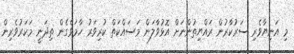
މި އަނިޔާވެރި ސަރުކާރުން ރައްޔިތުންނަށް އޮޅުވާލަން މަސައްކަތް ކުރިވަރު ހާމަވެގެން ތިދަނީ މަކަރުވެރިން